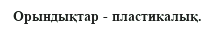
Орындықтар - пластикалық.